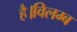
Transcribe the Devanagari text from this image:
है।विलम्ब